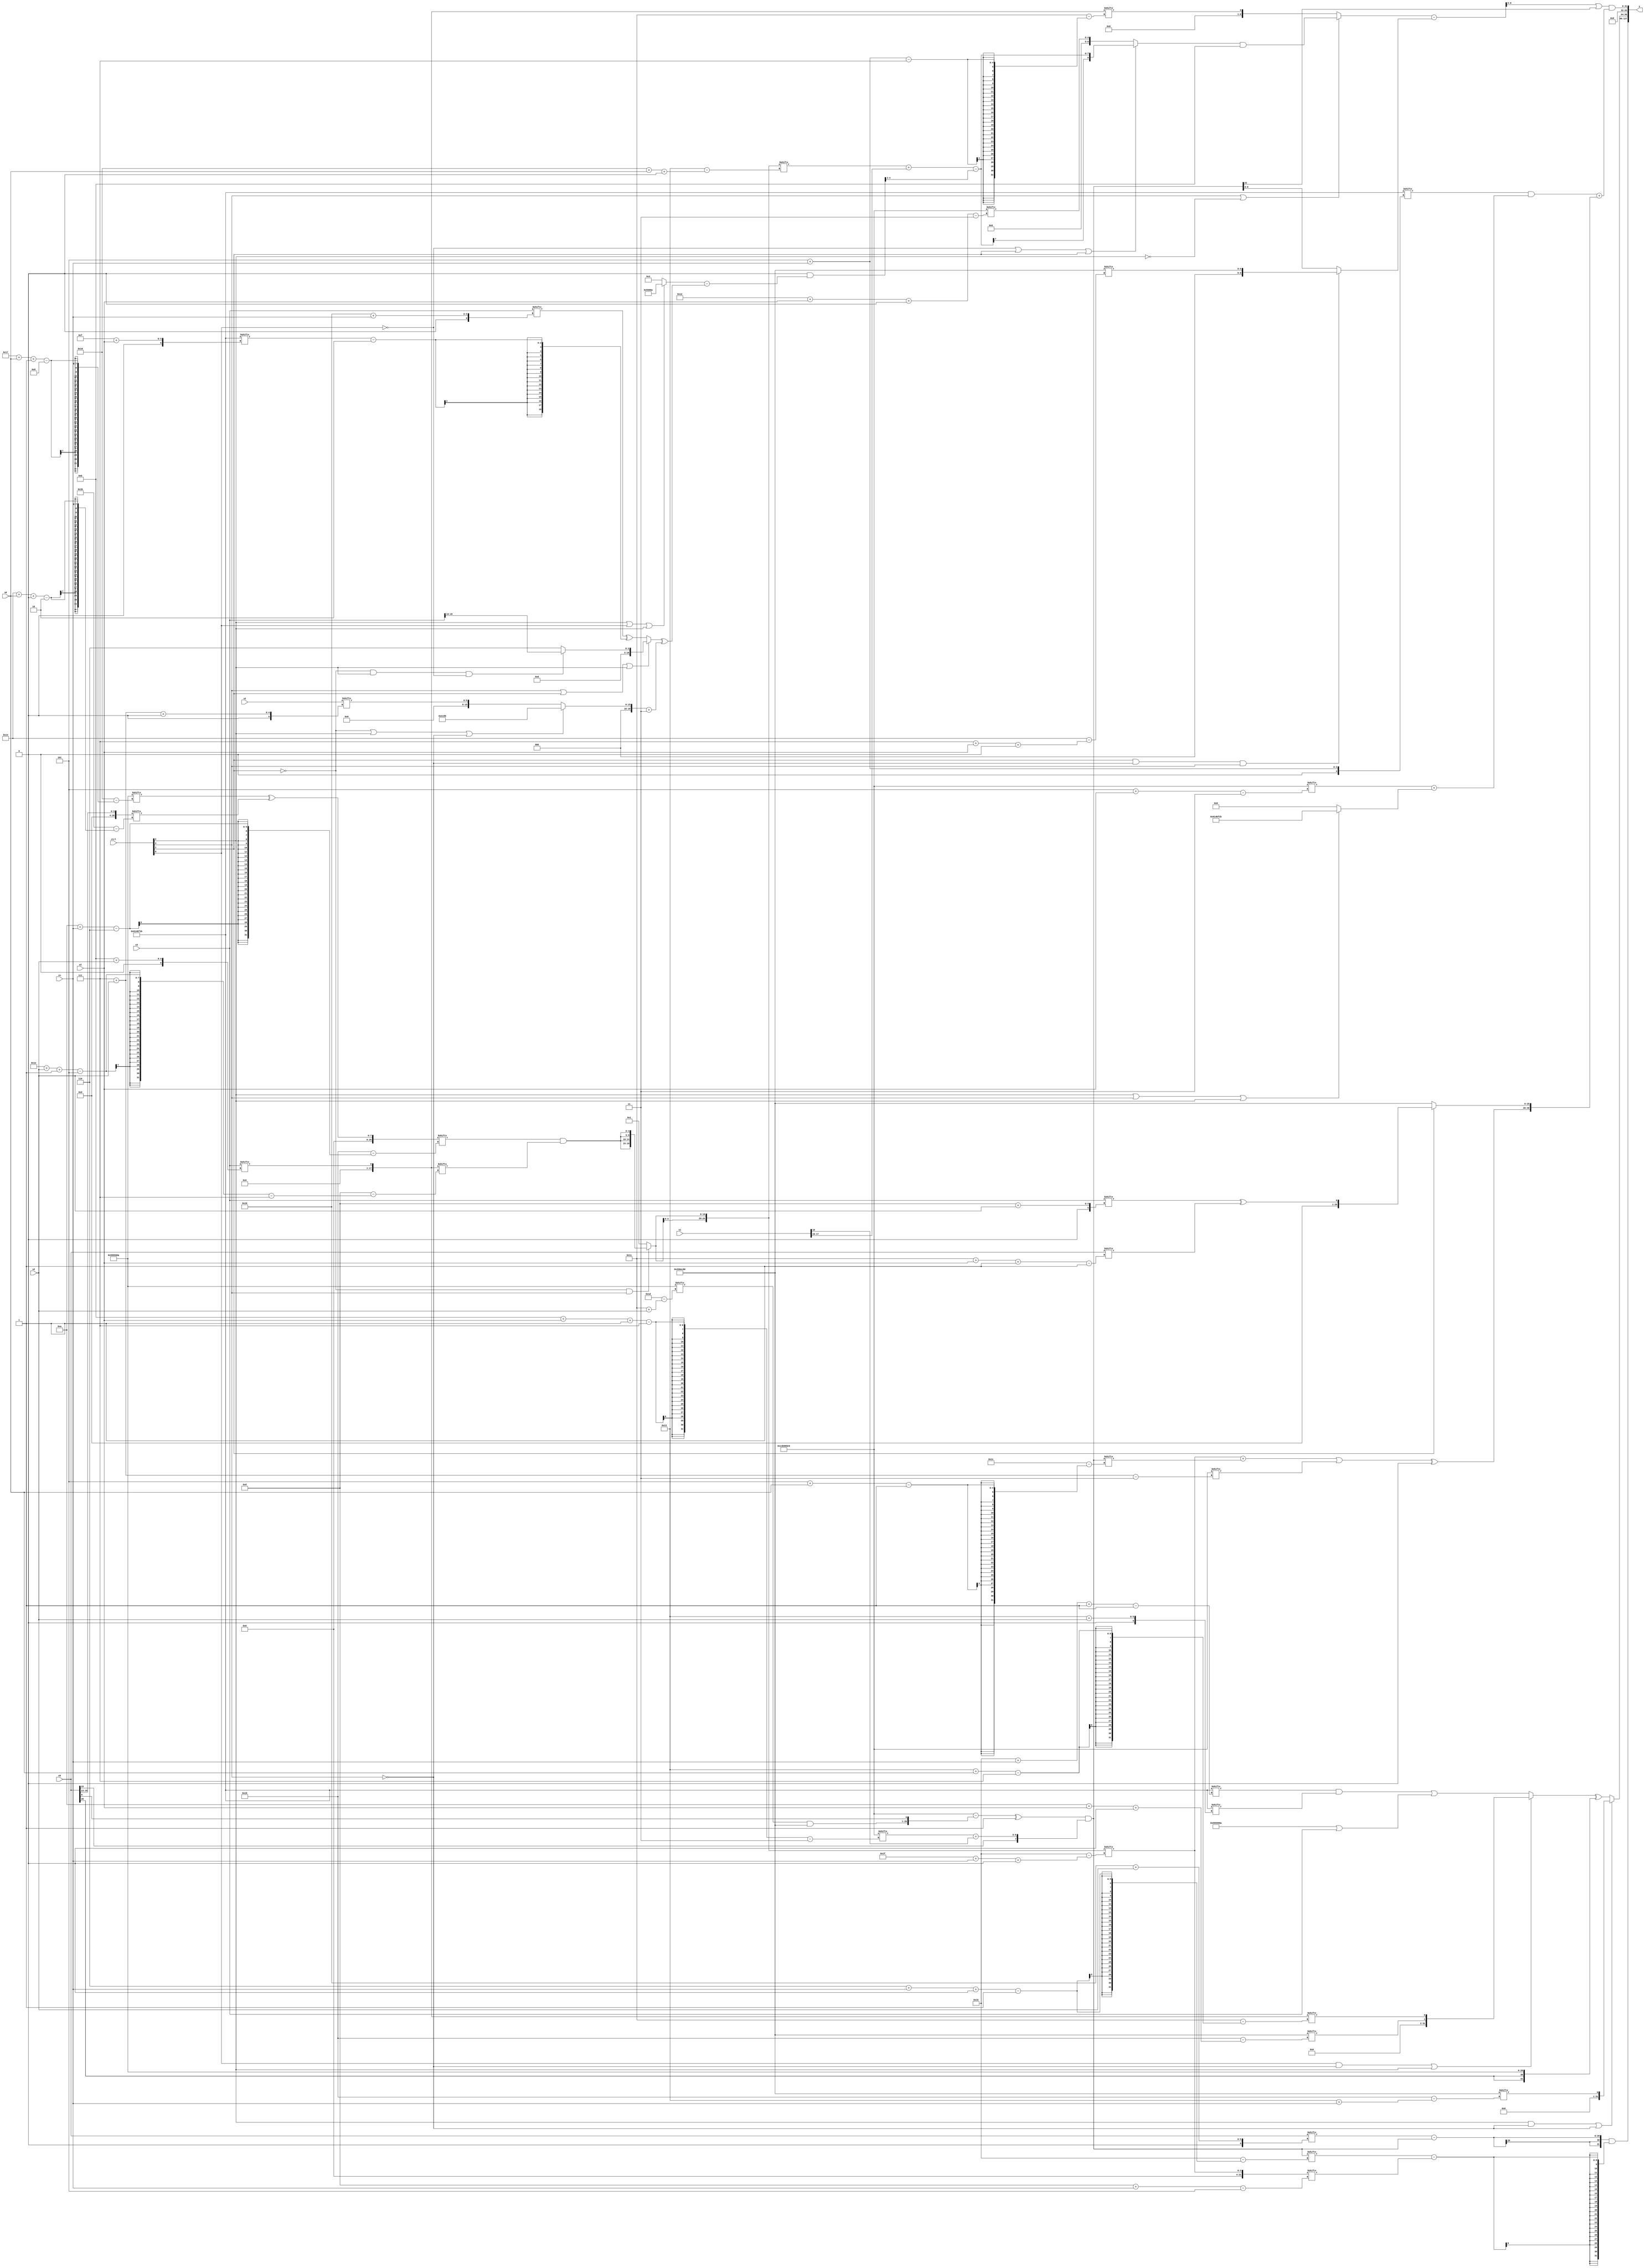
module partsel_00093(ctrl, s0, s1, s2, s3, x0, x1, x2, x3, y);
  input [3:0] ctrl;
  input [2:0] s0;
  input [2:0] s1;
  input [2:0] s2;
  input [2:0] s3;
  input [31:0] x0;
  input signed [31:0] x1;
  input [31:0] x2;
  input [31:0] x3;
  wire signed [24:6] x4;
  wire signed [4:29] x5;
  wire signed [2:26] x6;
  wire [7:24] x7;
  wire [24:6] x8;
  wire [2:30] x9;
  wire signed [6:31] x10;
  wire [0:24] x11;
  wire [1:29] x12;
  wire signed [4:24] x13;
  wire [4:27] x14;
  wire [26:5] x15;
  output [127:0] y;
  wire signed [31:0] y0;
  wire [31:0] y1;
  wire [31:0] y2;
  wire signed [31:0] y3;
  assign y = {y0,y1,y2,y3};
  localparam signed [0:29] p0 = 93673738;
  localparam [29:0] p1 = 152354587;
  localparam signed [0:25] p2 = 254864518;
  localparam signed [31:3] p3 = 884565477;
  assign x4 = x3[16 + s1];
  assign x5 = p1;
  assign x6 = x5[12 + s2];
  assign x7 = x3[11 + s2];
  assign x8 = ({2{p1[14]}} & ((ctrl[2] || ctrl[0] || ctrl[2] ? p0 : p1[12 +: 3]) - ((ctrl[3] || ctrl[1] || ctrl[2] ? (!ctrl[1] && ctrl[2] && !ctrl[0] ? x3[13 +: 3] : p0[17 +: 3]) : (x4 ^ (p1[15 + s3] - p2[15 +: 2]))) ^ ((!ctrl[1] || ctrl[2] || !ctrl[3] ? p2 : x2[7 + s2 +: 6]) + p3[16 +: 2]))));
  assign x9 = x0[16 -: 4];
  assign x10 = (p0[23 + s0 -: 8] ^ x9[20 + s0 +: 2]);
  assign x11 = {2{(!ctrl[1] && !ctrl[1] && ctrl[3] ? {2{{2{(x10[10 + s1] & x7[30 + s2 -: 5])}}}} : p1[17 -: 3])}};
  assign x12 = {x1[18 + s2 +: 5], (((p3 - {(p0[17 + s2] & p2), x0[8]}) ^ p1[12 -: 1]) & {x9[15 -: 4], {x0[15], (p3[11 + s3 -: 7] + x1[10])}})};
  assign x13 = {(((p0[17 +: 3] | (p2[20 + s0 -: 5] | p1[9 + s2])) - {2{(ctrl[3] && !ctrl[0] && ctrl[2] ? x6[12 + s3 -: 7] : p0[16 + s3])}}) ^ {2{{2{{2{p3[30 + s1 -: 2]}}}}}}), ((ctrl[3] || ctrl[3] || !ctrl[2] ? ((!ctrl[0] || ctrl[1] || ctrl[1] ? ((x11[22 + s0 +: 6] + x1[17 -: 2]) - x8[8 +: 3]) : p3[18 + s3 +: 5]) & p1[12 +: 4]) : x7[5 + s1]) - (ctrl[1] && !ctrl[3] && ctrl[3] ? p2[7 + s3 +: 6] : x12))};
  assign x14 = x8[8 + s3 +: 7];
  assign x15 = x11[31 + s1 +: 4];
  assign y0 = ((x0[16 + s2] - x12) & (x12[6 + s1 +: 8] - x15[13 + s1]));
  assign y1 = (ctrl[2] && !ctrl[3] || !ctrl[3] ? p2[19 + s1] : ((ctrl[0] && !ctrl[3] || ctrl[2] ? {p2[10 + s3 +: 1], x7[19 + s0]} : {{x14[22 -: 2], x5[21]}, ((p1[21 + s1 -: 1] & p1[19 + s2]) | (p0 | x3))}) ^ {{2{x0[20]}}, p0}));
  assign y2 = x14[12];
  assign y3 = ((x13[16 +: 4] | x12[8]) & ((p1[5 + s1] & (p3[5 + s3] + (ctrl[2] || ctrl[3] || ctrl[2] ? p1 : p1[22 -: 1]))) + {{x14[17], (((x15 + x12[5 + s0]) | p3[7 + s2]) ^ x14[17 +: 4])}, (!ctrl[1] || !ctrl[3] && ctrl[3] ? p2 : (x3[13 + s2] ^ x0[17 + s3 -: 1]))}));
endmodule